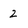
Character: Z